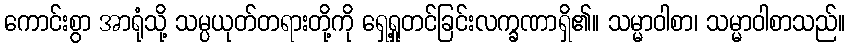
ကောင်းစွာ အာရုံသို့ သမ္ပယုတ်တရားတို့ကို ရှေ့ရှုတင်ခြင်းလက္ခဏာရှိ၏။ သမ္မာဝါစာ၊ သမ္မာဝါစာသည်။